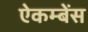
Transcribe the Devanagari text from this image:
ऐकम्बेंस